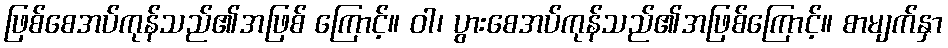
ဖြစ်စေအပ်ကုန်သည်၏အဖြစ် ကြောင့်။ ဝါ၊ ပွားစေအပ်ကုန်သည်၏အဖြစ်ကြောင့်။ စာမျက်နှာ